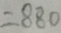
= 8 8 0